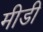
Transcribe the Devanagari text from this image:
मीडी